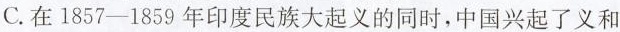
C.在1857-1859年印度民族大起义的同时，中国兴起了义和